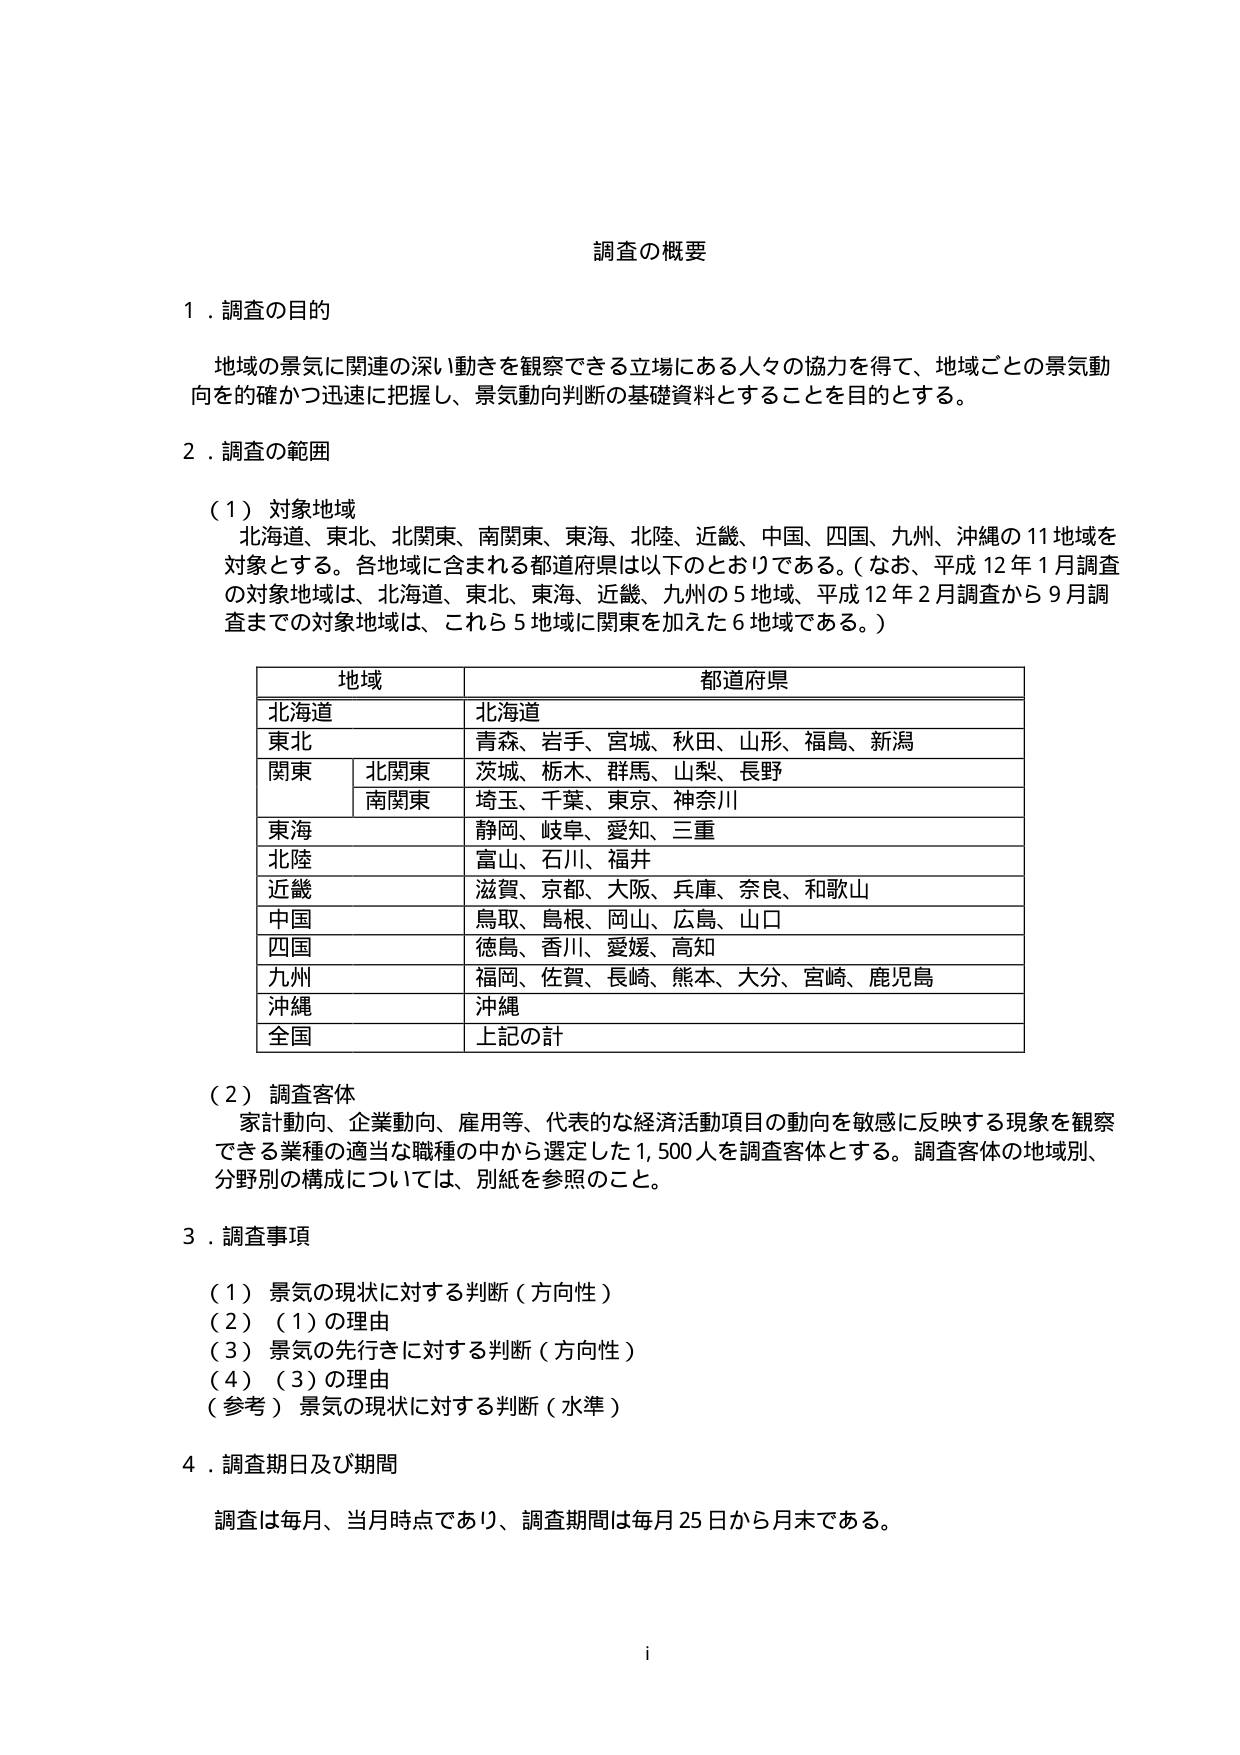
調査の概要

１．調査の目的
地域の景気に関連の深い動きを観察できる立場にある人々の協力を得て、地域ごとの景気動向を的確かつ迅速に把握し、景気動向判断の基礎資料とすることを目的とする。

２．調査の範囲
（１）対象地域
北海道、東北、北関東、南関東、東海、北陸、近畿、中国、四国、九州、沖縄の11地域を対象とする。各地域に含まれる都道府県は以下のとおりである。（なお、平成12年1月調査の対象地域は、北海道、東北、東海、近畿、九州の5地域、平成12年2月調査から9月調査までの対象地域は、これら5地域に関東を加えた6地域である。）

地域 都道府県
北海道 北海道
東北 青森、岩手、宮城、秋田、山形、福島、新潟
関東 北関東 茨城、栃木、群馬、山梨、長野
南関東 埼玉、千葉、東京、神奈川
東海 静岡、岐阜、愛知、三重
北陸 富山、石川、福井
近畿 滋賀、京都、大阪、兵庫、奈良、和歌山
中国 鳥取、島根、岡山、広島、山口
四国 徳島、香川、愛媛、高知
九州 福岡、佐賀、長崎、熊本、大分、宮崎、鹿児島
沖縄 沖縄
全国 上記の計

（２）調査客体
家計動向、企業動向、雇用等、代表的な経済活動項目の動向を敏感に反映する現象を観察できる業種の適当な職種の中から選定した1,500人を調査客体とする。調査客体の地域別、分野別の構成については、別紙を参照のこと。

３．調査事項
（１）景気の現状に対する判断（方向性）
（２）（１）の理由
（３）景気の先行きに対する判断（方向性）
（４）（３）の理由
（参考）景気の現状に対する判断（水準）

４．調査期日及び期間
調査は毎月、当月時点であり、調査期間は毎月25日から月末である。

i